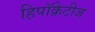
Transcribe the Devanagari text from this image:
हिपॉक्रेटीज